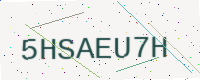
Text: 5HSAEU7H